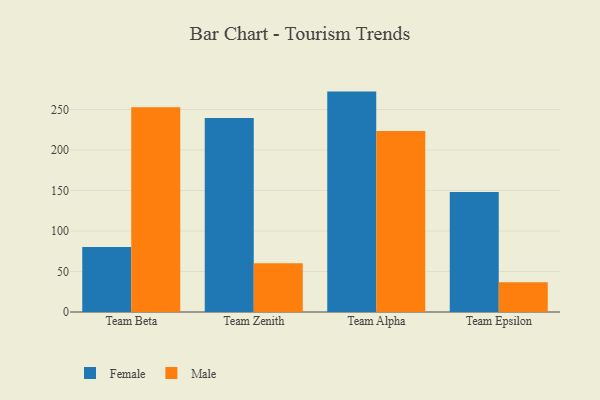
{"axis": {"x": "Team", "y": "Page Views"}, "legend": ["Female", "Male"], "data": [{"x": "Team Beta", "y": 80.3, "type": "Female"}, {"x": "Team Beta", "y": 252.8, "type": "Male"}, {"x": "Team Zenith", "y": 239.4, "type": "Female"}, {"x": "Team Zenith", "y": 60.2, "type": "Male"}, {"x": "Team Alpha", "y": 272.1, "type": "Female"}, {"x": "Team Alpha", "y": 223.6, "type": "Male"}, {"x": "Team Epsilon", "y": 148.1, "type": "Female"}, {"x": "Team Epsilon", "y": 36.6, "type": "Male"}]}